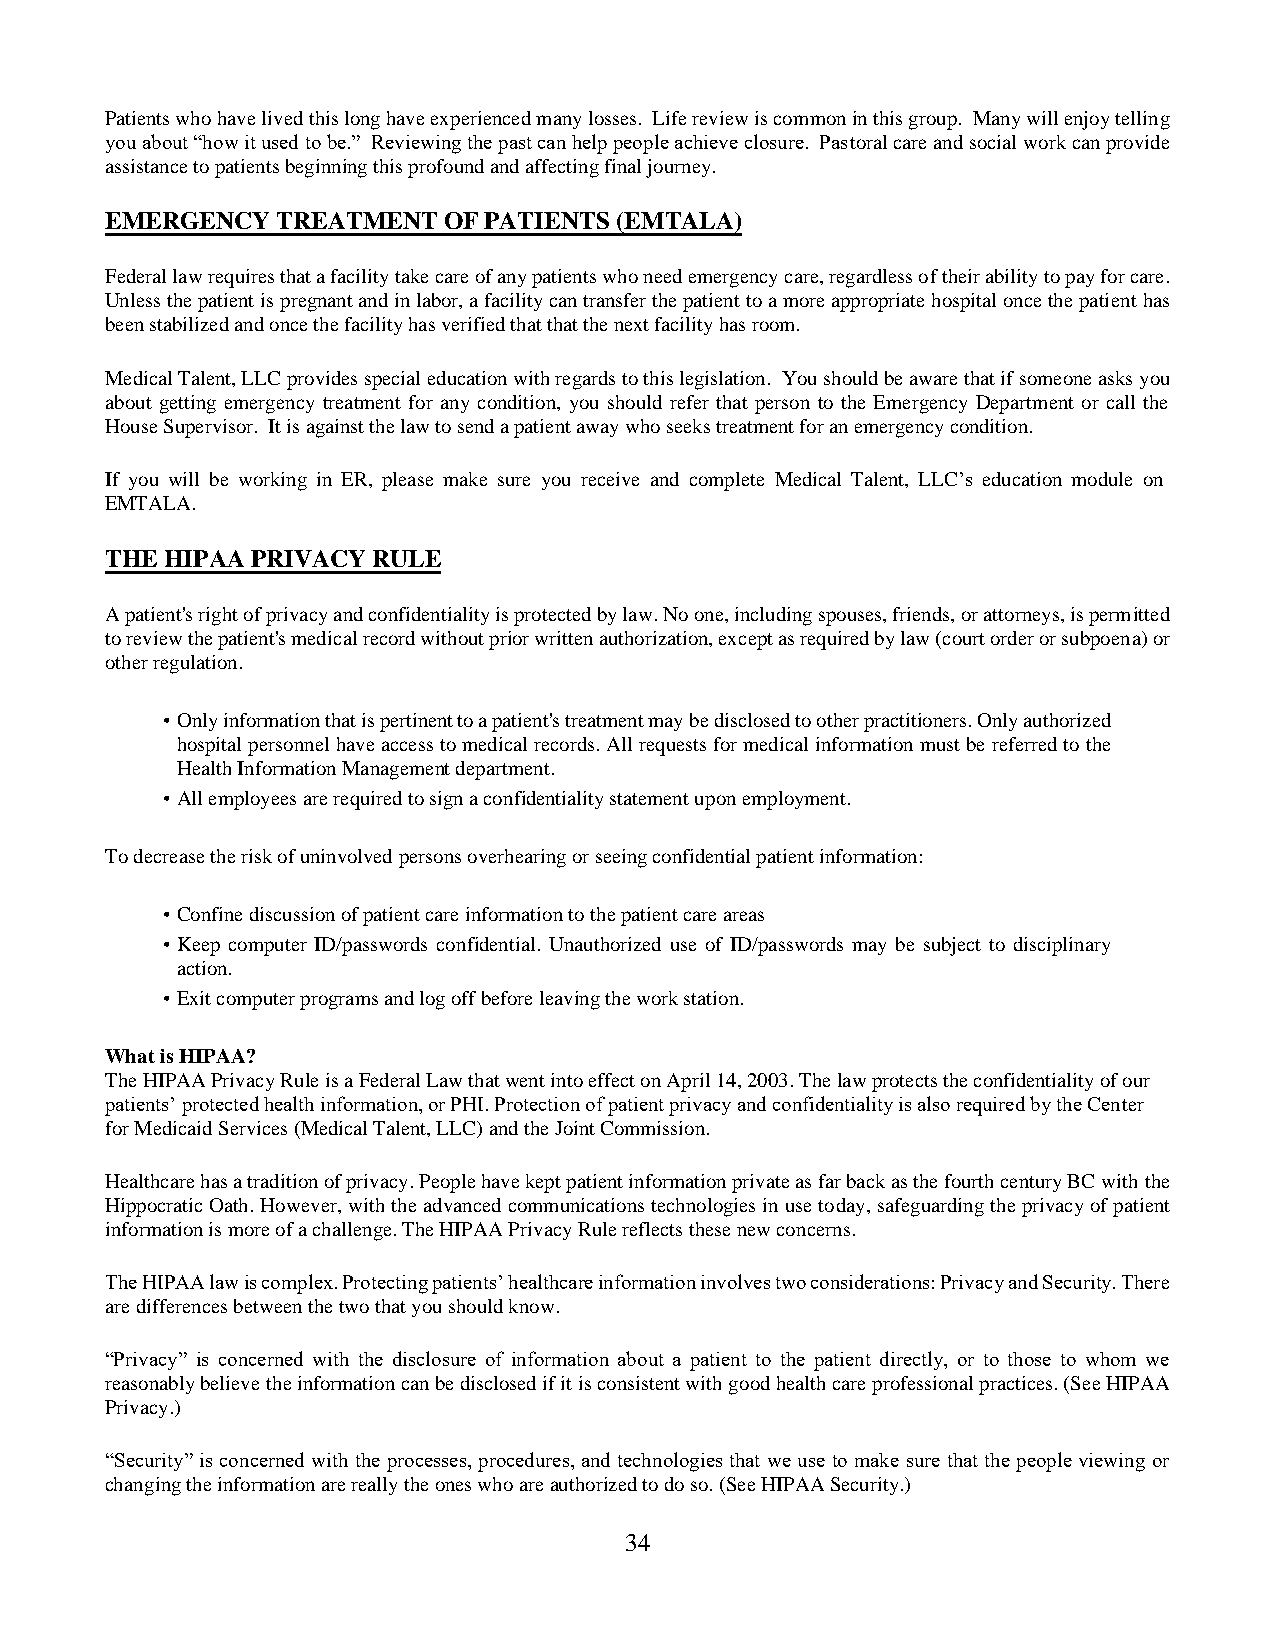
Patients who have lived this long have experienced many losses. Life review is common in this group. Many will enjoy telling
 you about “how it used to be.” Reviewing the past can help people achieve closure. Pastoral care and social work can provide
 assistance to patients beginning this profound and affecting final journey.
 EMERGENCY  TREATMENT  OF PATIENTS (EMTALA)
 Federal law requires that a facility take care of any patients who need emergency care, regardless of their ability to pay for care.
 Unless the patient is pregnant and in labor, a facility can transfer the patient to a more appropriate hospital once the patient has
 been stabilized and once the facility has verified that that the next facility has room.
 Medical Talent, LLC provides special education with regards to this legislation. You should be aware that if someone asks you
 about getting emergency treatment for any condition, you should refer that person to the Emergency Department or call the
 House Supervisor. It is against the law to send a patient away who seeks treatment for an emergency condition.
 If you will be working in ER, please make sure you receive and complete Medical Talent, LLC’s education module on
 EMTALA.
 THE HIPAA PRIVACY RULE
 A patient's right of privacy and confidentiality is protected by law. No one, including spouses, friends, or attorneys, is permitted
 to review the patient's medical record without prior written authorization, except as required by law (court order or subpoena) or
 other regulation.
 • Only information that is pertinent to a patient's treatment may be disclosed to other practitioners. Only authorized
 hospital personnel have access to medical records. All requests for medical information must be referred to the
 Health Information Management department.
 • All employees are required to sign a confidentiality statement upon employment.
 To decrease the risk of uninvolved persons overhearing or seeing confidential patient information:
 • Confine discussion of patient care information to the patient care areas
 • Keep computer ID/passwords confidential. Unauthorized use of ID/passwords may be subject to disciplinary
 action.
 • Exit computer programs and log off before leaving the work station.
 What is HIPAA?
 The HIPAA Privacy Rule is a Federal Law that went into effect on April 14, 2003. The law protects the confidentiality of our
 patients’ protected health information, or PHI. Protection of patient privacy and confidentiality is also required by the Center
 for Medicaid Services (Medical Talent, LLC) and the Joint Commission.
 Healthcare has a tradition of privacy. People have kept patient information private as far back as the fourth century BC with the
 Hippocratic Oath. However, with the advanced communications technologies in use today, safeguarding the privacy of patient
 information is more of a challenge. The HIPAA Privacy Rule reflects these new concerns.
 The HIPAA law is complex. Protecting patients’ healthcare information involves two considerations: Privacy and Security. There
 are differences between the two that you should know.
 “Privacy” is concerned with the disclosure of information about a patient to the patient directly, or to those to whom we
 reasonably believe the information can be disclosed if it is consistent with good health care professional practices. (See HIPAA
 Privacy.)
 “Security” is concerned with the processes, procedures, and technologies that we use to make sure that the people viewing or
 changing the information are really the ones who are authorized to do so. (See HIPAA Security.)
 34